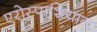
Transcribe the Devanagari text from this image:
एरोस्पाशियाल